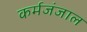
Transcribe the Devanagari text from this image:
कर्मजंजाल